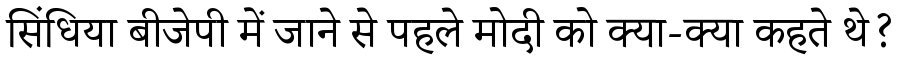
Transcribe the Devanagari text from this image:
सिंधिया बीजेपी में जाने से पहले मोदी को क्या-क्या कहते थे?